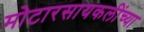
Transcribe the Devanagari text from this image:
मोटारसायकलींच्या